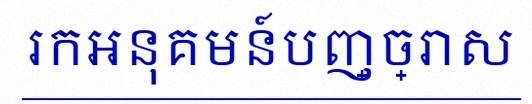
រកអនុគមន៍បញ្ច្រាស